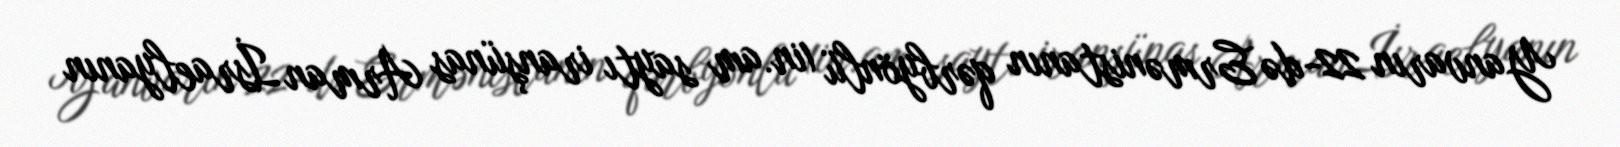
Yanvarın 22-də Ermənistanın qərbyönlü 1in.am saytı iranşünas Arman İsraelyanın